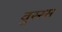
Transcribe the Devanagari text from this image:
वुस्स्स